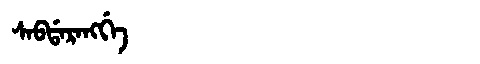
Manchu: ᠰᠠᠪᡩᠠᡵᠠᠩᡤᡝ
Romanization: SABDARANGGE